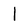
Character: l